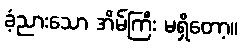
ခံ့ညားသော အိမ်ကြီး မရှိတော့။